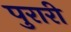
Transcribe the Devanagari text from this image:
पुरारी